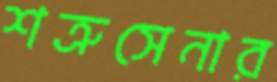
শত্রুসেনার